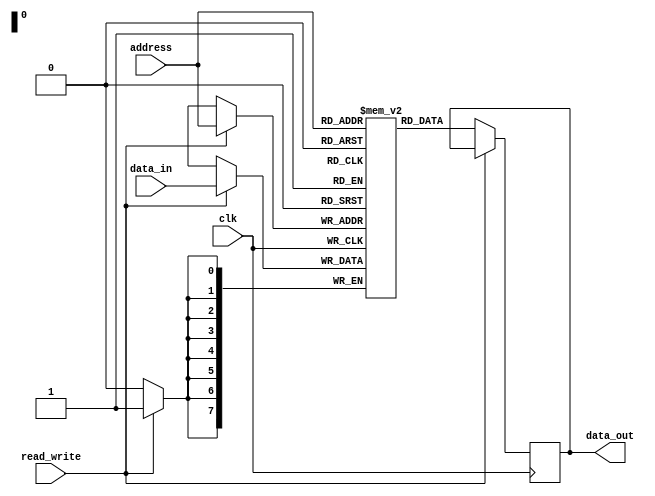
module EEPROM (
  input wire clk,
  input wire [7:0] address,
  input wire [7:0] data_in,
  input wire read_write,
  output reg [7:0] data_out
);

reg [7:0] memory [255:0];

always @(posedge clk) begin
  if (read_write) begin
    memory[address] <= data_in;
  end else begin
    data_out <= memory[address];
  end
end

endmodule